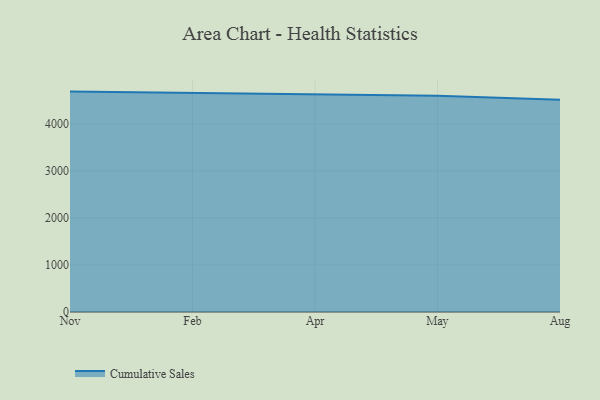
{"axis": {"x": "Month", "y": "Energy Usage (MWh)"}, "legend": ["Cumulative Sales"], "data": [{"x": "Nov", "y": 4684.8, "type": "Cumulative Sales"}, {"x": "Feb", "y": 4654.5, "type": "Cumulative Sales"}, {"x": "Apr", "y": 4627.8, "type": "Cumulative Sales"}, {"x": "May", "y": 4597.6, "type": "Cumulative Sales"}, {"x": "Aug", "y": 4510.7, "type": "Cumulative Sales"}]}